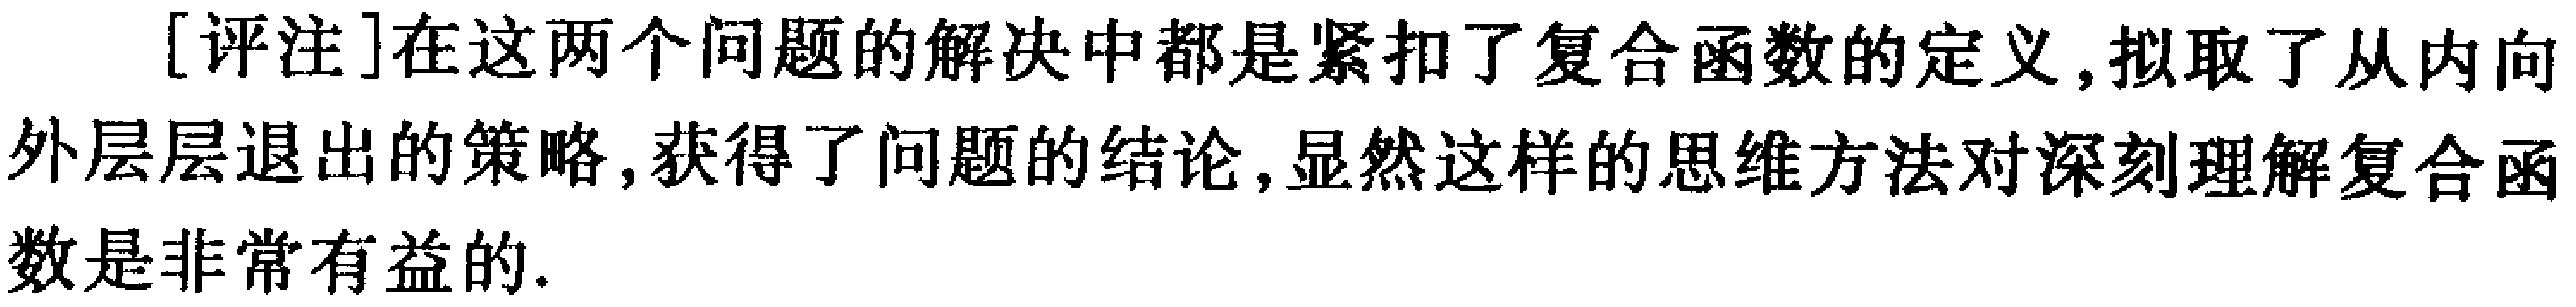
[评注]在这两个问题的解决中都是紧扣了复合函数的定义,拟取了从内向外层层退出的策略,获得了问题的结论,显然这样的思维方法对深刻理解复合函数是非常有益的.